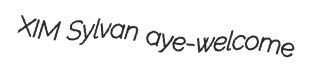
XIM Sylvan aye-welcome